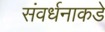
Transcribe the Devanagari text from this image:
संवर्धनाकडे